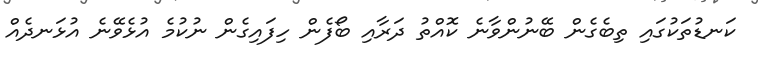
ކަނޑުތަކުގައި ތިބެގެން ބޭނުންވާނެ ކޮއްތު ދަރާއި ބޯފެން ހިފައިގެން ނުކުމެ އުޅެވޭނެ އުޅަނދެއް